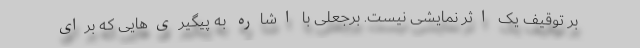
بر توقیف یک اثر نمایشی نیست. برجعلی با اشاره به پیگیری‌هایی که برای